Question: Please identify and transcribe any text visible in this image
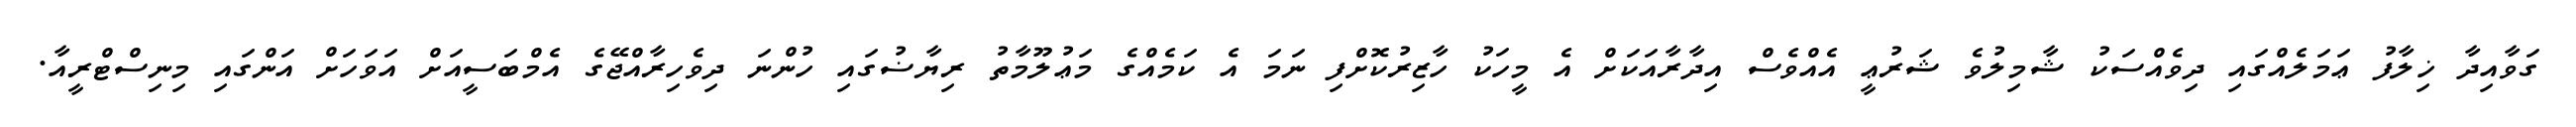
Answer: ގަވާއިދާ ޚިލާފު ޢަމަލެއްގައި ދިވެއްސަކު ޝާމިލުވެ ޝަރުޢީ އެއްވެސް އިދާރާއަކަށް އެ މީހަކު ހާޒިރުކޮށްފި ނަމަ އެ ކަމެއްގެ މަޢުލޫމާތު ރިޔާޟުގައި ހުންނަ ދިވެހިރާއްޖޭގެ އެމްބަސީއަށް އަވަހަށް އަންގައި މިނިސްޓްރީއާ.